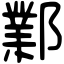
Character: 鄴